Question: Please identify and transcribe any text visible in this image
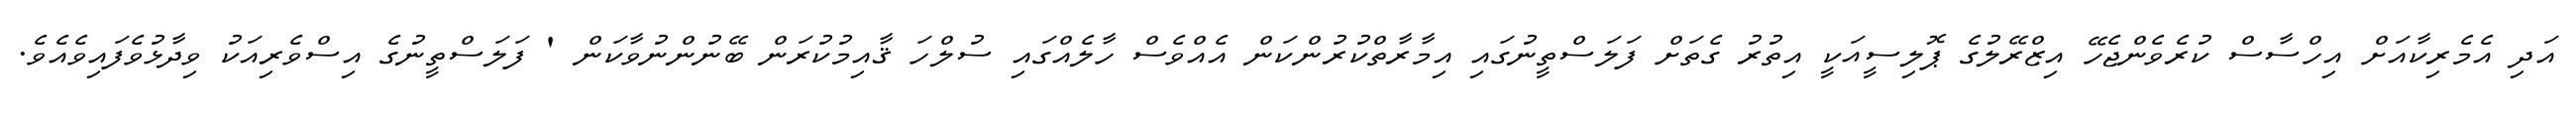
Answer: އަދި އެމެރިކާއަށް އިހްސާސް ކުރެވެންޖެހޭ އިޒްރޭލުގެ ޕޮލިސީއަކީ އިތުރު ގެތަށް ފަލަސްތީނުގައި އިމާރާތްކުރުންކަން އެއްވެސް ހާލެއްގައި ސުލްހަ ޤާއިމުކުރަން ބޭނުންނުވާކަން ' ފަލަސްތީނުގެ އިސްވެރިއަކު ވިދާޅުވެފައިވެއެވެ.